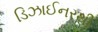
ડિઝાઈનરથી